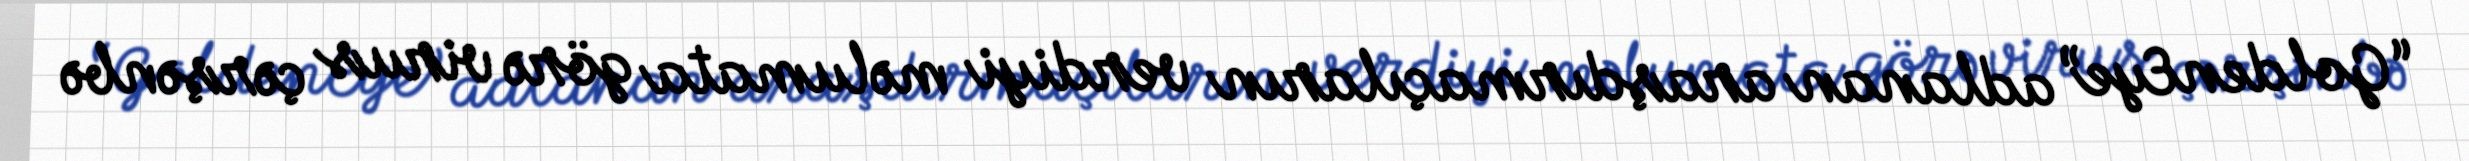
“GoldenEye” adlanan araşdırmaçıların verdiyi məlumata görə virus çərşənbə